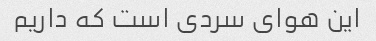
این هوای سردی است که داریم